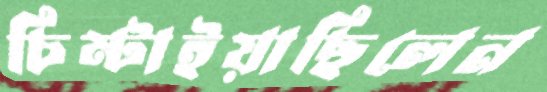
চিম্‌টাইয়াছিলেন